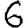
Digit: 6